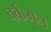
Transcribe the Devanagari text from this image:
वर्कमेन